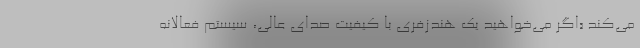
می‌کند «اگر می‌‌خواهید یک هندزفری با کیفیت صدای عالی، سیستم فعالانه